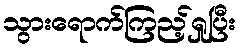
သွားရောက်ကြည့်ရှုပြီး